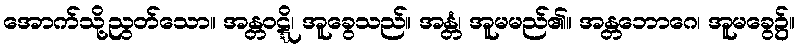
အောက်သို့ညွတ်သော။ အန္တဝဋ္ဋိ၊ အူခွေသည်။ အန္တံ၊ အူမမည်၏။ အန္တဘောဂေ၊ အူမခွေ၌။